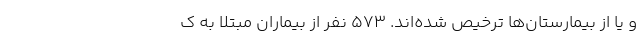
و یا از بیمارستان‌ها ترخیص شده‌اند. ۵۷۳ نفر از بیماران مبتلا به ک